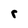
Character: r